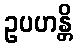
ဥပဟန္တိ